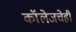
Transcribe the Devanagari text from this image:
कॉलेजचेही